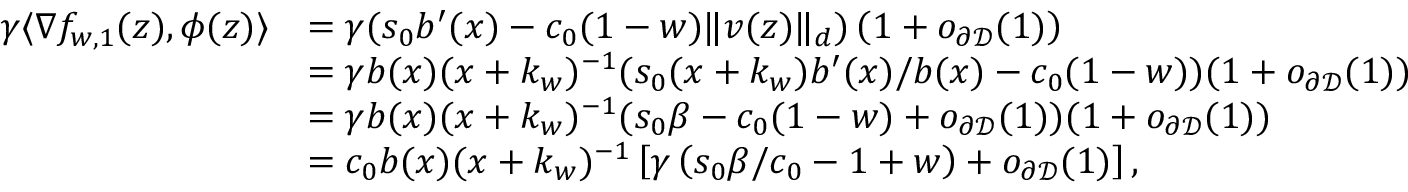
\begin{array} { r l } { \gamma \langle \nabla f _ { w , 1 } ( z ) , \phi ( z ) \rangle } & { = \gamma ( s _ { 0 } b ^ { \prime } ( x ) - c _ { 0 } ( 1 - w ) \| v ( z ) \| _ { d } ) \left( 1 + o _ { \partial { \mathcal D } } ( 1 ) \right) } \\ & { = \gamma b ( x ) ( x + k _ { w } ) ^ { - 1 } ( s _ { 0 } ( x + k _ { w } ) b ^ { \prime } ( x ) / b ( x ) - c _ { 0 } ( 1 - w ) ) ( 1 + o _ { \partial { \mathcal D } } ( 1 ) ) } \\ & { = \gamma b ( x ) ( x + k _ { w } ) ^ { - 1 } ( s _ { 0 } \beta - c _ { 0 } ( 1 - w ) + o _ { \partial { \mathcal D } } ( 1 ) ) ( 1 + o _ { \partial { \mathcal D } } ( 1 ) ) } \\ & { = c _ { 0 } b ( x ) ( x + k _ { w } ) ^ { - 1 } \left[ \gamma \left( s _ { 0 } \beta / c _ { 0 } - 1 + w \right) + o _ { \partial { \mathcal D } } ( 1 ) \right] , } \end{array}